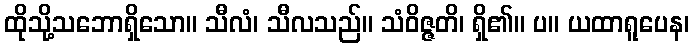
ထိုသို့သဘောရှိသော။ သီလံ၊ သီလသည်။ သံဝိဇ္ဇတိ၊ ရှိ၏။ ပ။ ယထာရူပေန၊